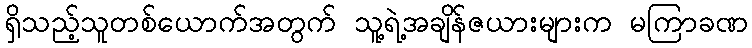
ရှိသည့်သူတစ်ယောက်အတွက် သူ့ရဲ့အချိန်ဇယားများက မကြာခဏ